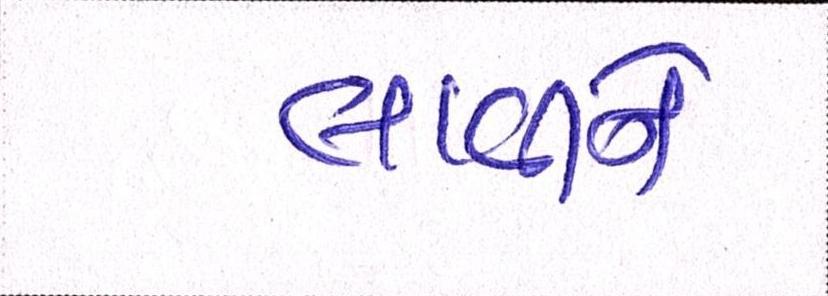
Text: લાવીને